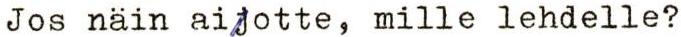
Jos näin aijotte, mille lehdelle?